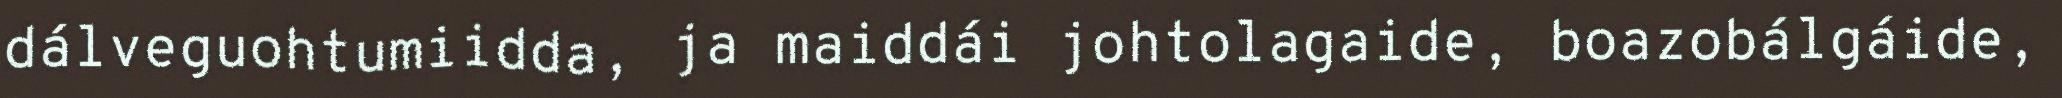
dálveguohtumiidda, ja maiddái johtolagaide, boazobálgáide,